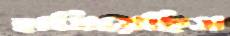
হাসিয়েছিস